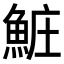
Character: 𬵐